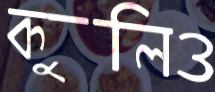
কুলিও